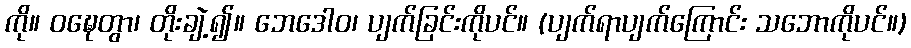
ကို။ ဝဍ္ဎေတွာ၊ တိုးချဲ့၍။ ဘေဒေါဝ၊ ပျက်ခြင်းကိုပင်။ (ပျက်ရာပျက်ကြောင်း သဘောကိုပင်။)